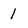
Character: 1